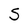
Character: S